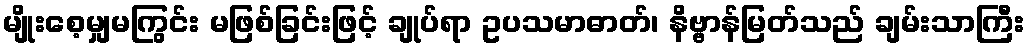
မျိုးစေ့မျှမကြွင်း မဖြစ်ခြင်းဖြင့် ချုပ်ရာ ဥပသမာဓာတ်၊ နိဗ္ဗာန်မြတ်သည် ချမ်းသာကြီး